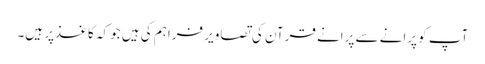
آپ کو پرانے سے پرانے قرآن کی تصاویر فراہم کی ہیں جو کہ کاغذ‌پر ہیں۔